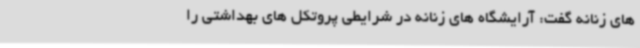
های زنانه گفت: آرایشگاه های زنانه در شرایطی پروتکل های بهداشتی را